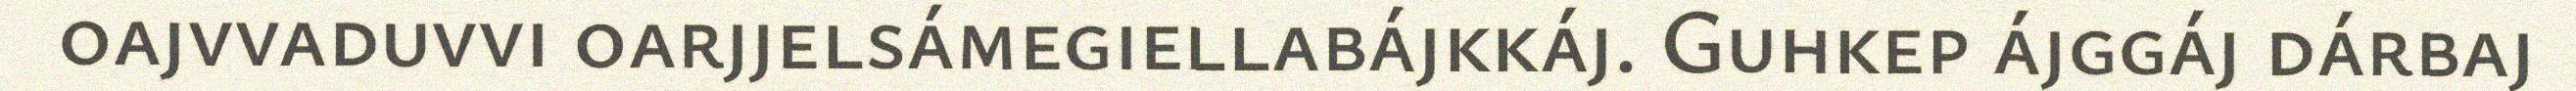
oajvvaduvvi oarjjelsámegiellabájkkáj. Guhkep ájggáj dárbaj